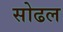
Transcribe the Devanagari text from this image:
सोढल